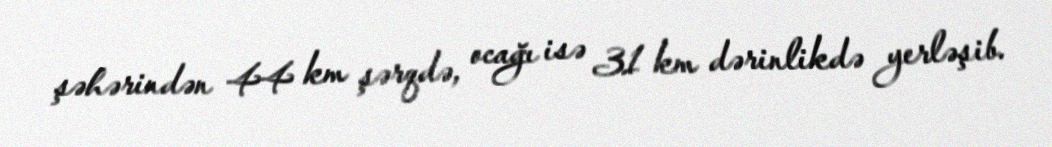
şəhərindən 44 km şərqdə, ocağı isə 31 km dərinlikdə yerləşib.